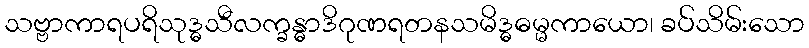
သဗ္ဗာကာရပရိသုဒ္ဓသီလက္ခန္ဓာဒိဂုဏရတနသမိဒ္ဓဓမ္မကာယော၊ ခပ်သိမ်းသော